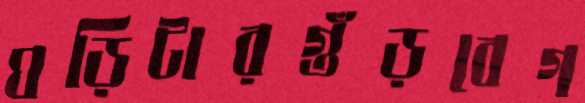
ঘড়িটারগুঁড়বেগ